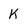
Character: K